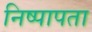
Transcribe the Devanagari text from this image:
निष्पापता